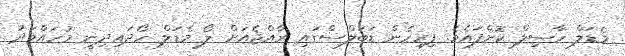
މެޑަލް ހާސިލް ކޮށްފައެވެ. ފިރިހެން ޑަބަލްސްގައި ރާއްޖެއަށް ލޯ މެޑަލް ހޯދައިދިނީ މުހައްމަދު